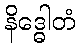
နိဒ္ဓေါတံ